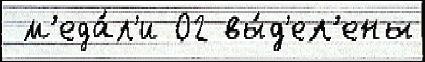
 м'еда́л'и 02 вы́д'ел'ены